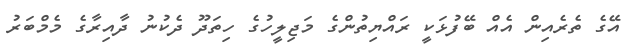
އޭގެ ތެރެއިން އެއް ބޭފުޅަކީ ރައްޔިތުންގެ މަޖިލީހުގެ ހިތަދޫ ދެކުނު ދާއިރާގެ މެމްބަރު